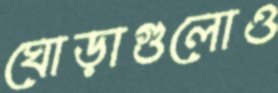
ঘোড়াগুলোও